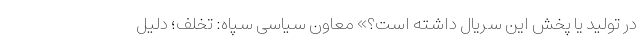
در تولید یا پخش این سریال داشته ‌است؟» معاون سیاسی سپاه: تخلف؛ دلیل